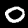
Label: 0